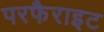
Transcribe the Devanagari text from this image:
परफैराइट